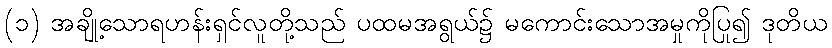
(၁) အချို့သောရဟန်းရှင်လူတို့သည် ပထမအရွယ်၌ မကောင်းသောအမှုကိုပြု၍ ဒုတိယ